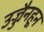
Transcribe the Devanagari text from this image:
उज्जैनहून